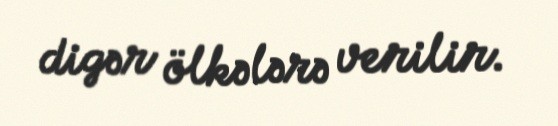
digər ölkələrə verilir.